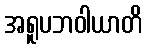
အရူပဘဝါယာတိ